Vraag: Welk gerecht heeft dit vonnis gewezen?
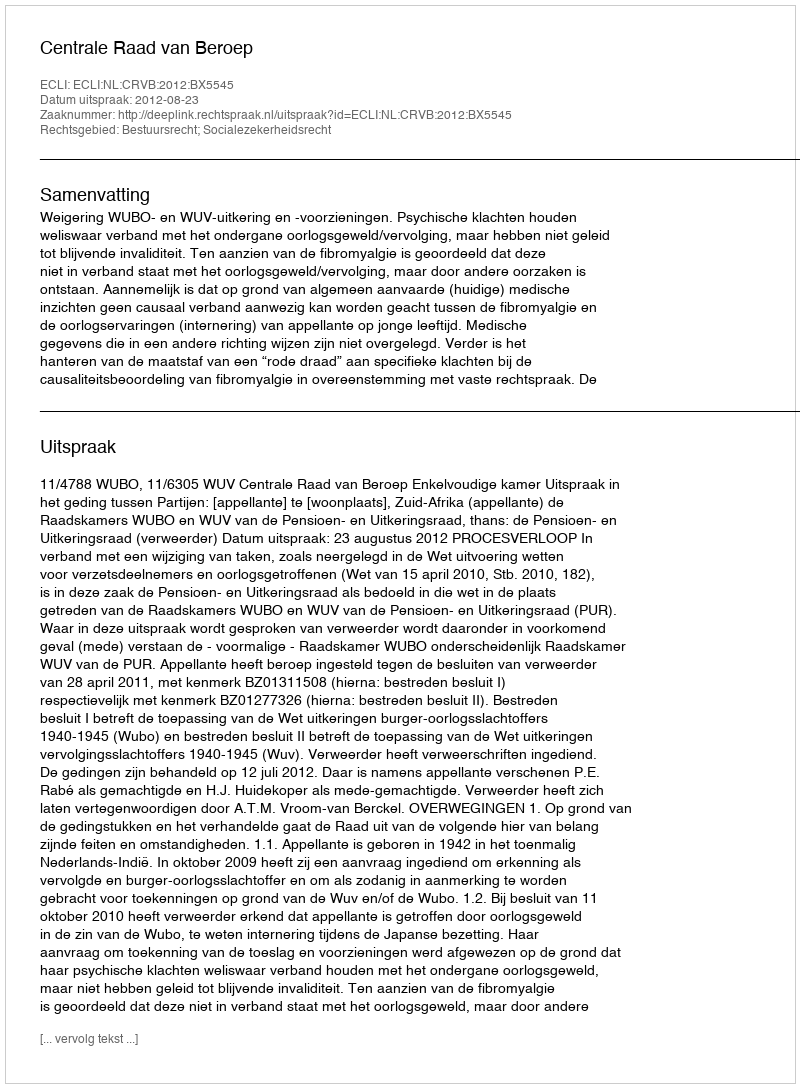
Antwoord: Centrale Raad van Beroep